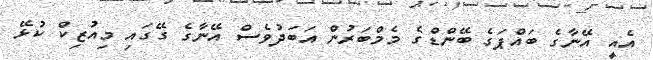
އެއީ އޭނާގެ ބައްޕަގެ ބޭންޑްގެ މެމްބަރުން އަބަދުވެސް އޭނާގެ ގޭގައި މިއުޒިކް ކުޅޭ